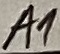
Text: A1